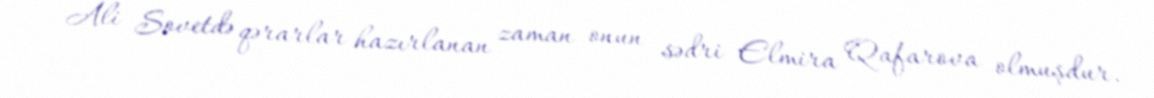
Ali Sovetdə qərarlar hazırlanan zaman onun sədri Elmira Qafarova olmuşdur.